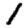
Digit: 1